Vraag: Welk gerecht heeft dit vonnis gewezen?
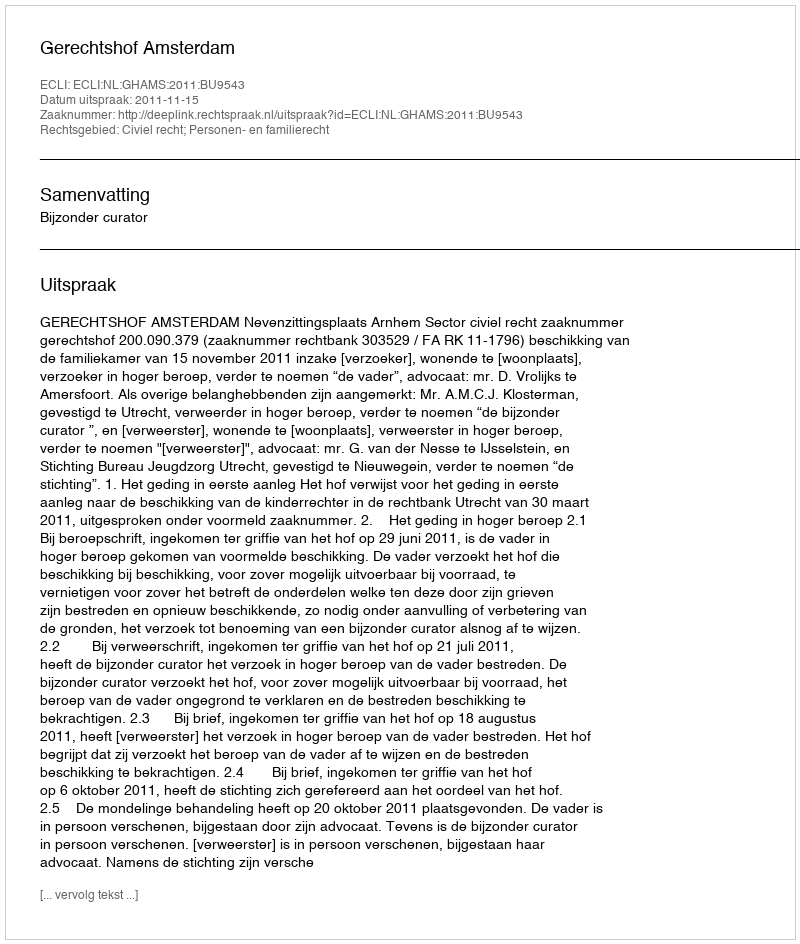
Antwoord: Gerechtshof Amsterdam